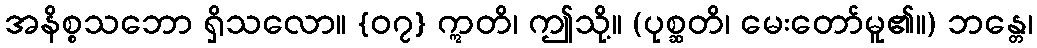
အနိစ္စသဘော ရှိသလော။ {၀၇} ဣတိ၊ ဤသို့။ (ပုစ္ဆတိ၊ မေးတော်မူ၏။) ဘန္တေ၊